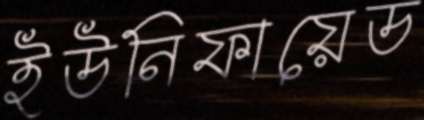
ইউনিফায়েড